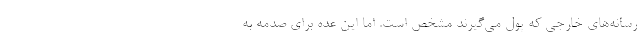
رسانه‌های خارجی که پول می‌گیرند مشخص است. اما این عده برای صدمه به